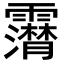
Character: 𩆤